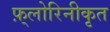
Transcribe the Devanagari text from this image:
फ़्लोरिनीकृत